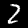
Digit: 2